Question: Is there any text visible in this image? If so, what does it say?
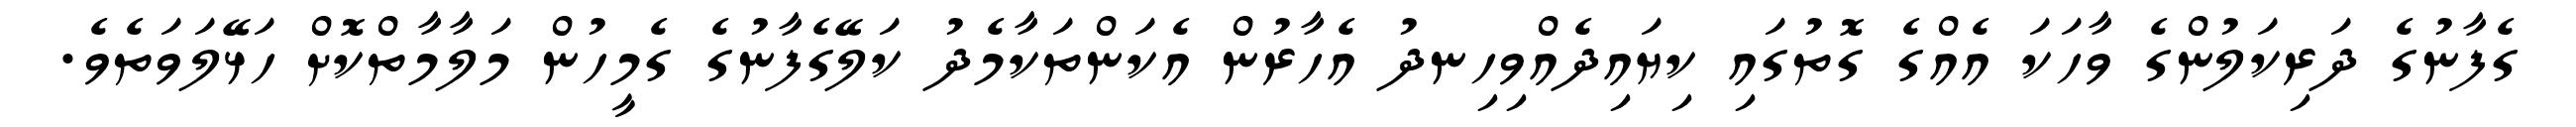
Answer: ގެފާނުގެ ދަރިކަލުންގެ ވާހަކަ އެއްގެ ގޮތުގައި ކިޔައިދެއްވިހިނދު އެހާރުން އެކަންތަކާމެދު ކަލޭގެފާނުގެ ގެމީހުން މަލާމާތްކޮށް ހަޅޭލަވަތެވެ.